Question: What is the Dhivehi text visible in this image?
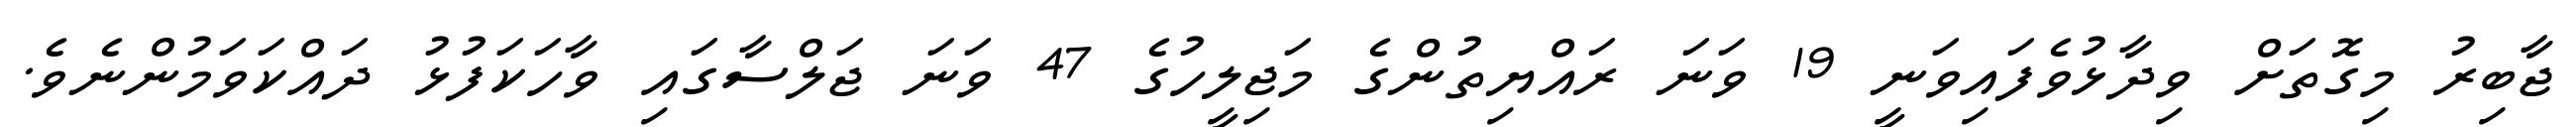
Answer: ޖާބިރު މިގޮތަށް ވިދާޅުވެފައިވަނީ 19 ވަނަ ރައްޔިތުންގެ މަޖިލީހުގެ 47 ވަނަ ޖަލްސާގައި ވާހަކަފުޅު ދައްކަވަމުންނެވެ.